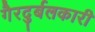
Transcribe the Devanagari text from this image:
गैरदुर्बलकारी